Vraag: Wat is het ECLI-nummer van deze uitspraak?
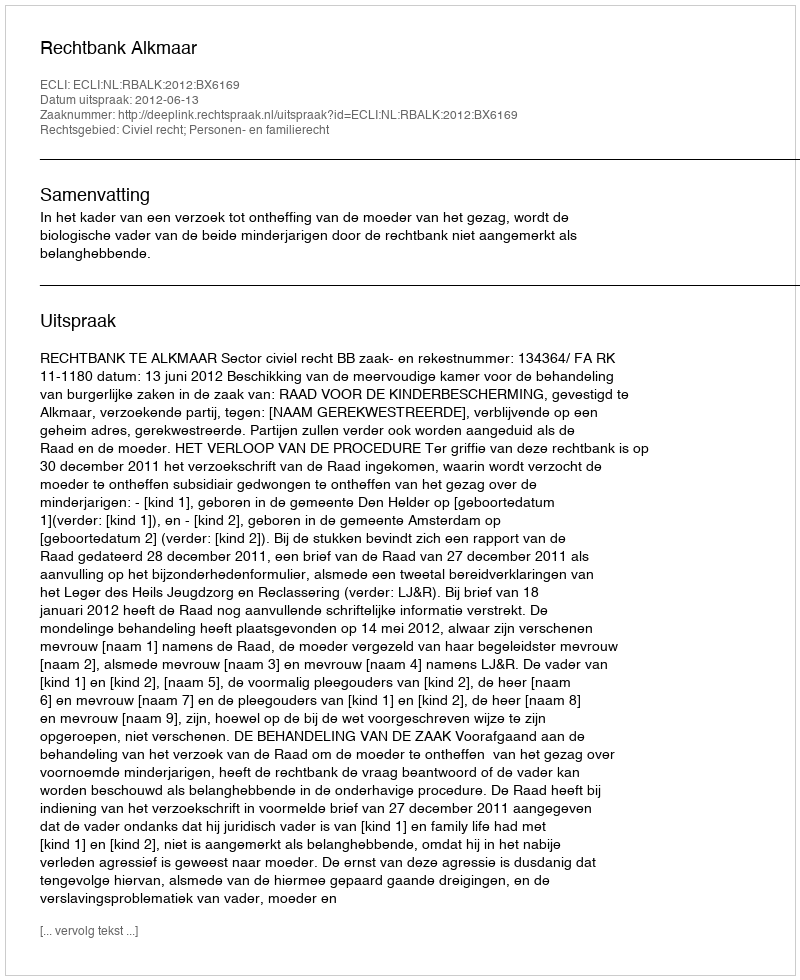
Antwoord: ECLI:NL:RBALK:2012:BX6169